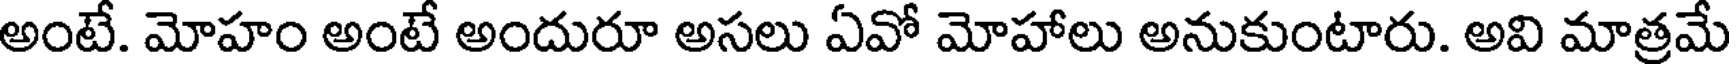
అంటే. మోహం అంటే అందురూ అసలు ఏవో మోహాలు అనుకుంటారు. అవి మాత్రమే